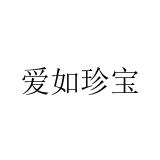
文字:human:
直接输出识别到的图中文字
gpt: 爱如珍宝